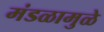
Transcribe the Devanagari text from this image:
मंडळामुळे